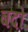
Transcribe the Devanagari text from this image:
बदो